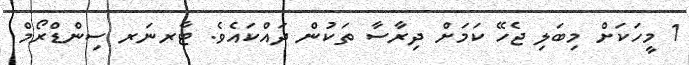
1 މީހަކަށް މިބަލި ޖެހޭ ކަމަށް ދިރާސާ ތަކުން ދައްކައެވެ. ޓާރނަރ ސިންޑްރޯމް